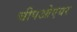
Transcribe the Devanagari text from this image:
चीपओएयर